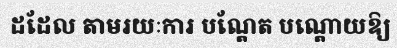
ដដែល តាមរយៈការ បណ្តែត បណ្តោយឱ្យ